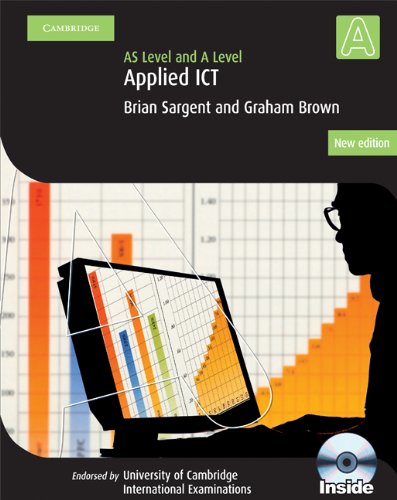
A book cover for Applied AS/A Level ICT with CD-ROM (Cambridge International Examinations); Brian Thomas Sargent; Computers & Technology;